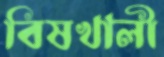
বিষখালী